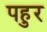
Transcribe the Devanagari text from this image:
पहुर